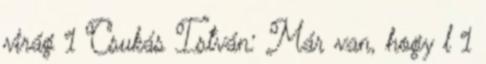
virág 1 Csukás István: Már van, hogy l 1